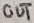
Text: OUT